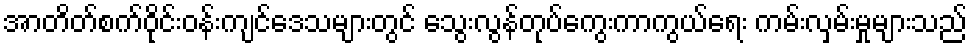
အာတိတ်စက်ဝိုင်းဝန်းကျင်ဒေသများတွင် သွေးလွန်တုပ်ကွေးကာကွယ်ရေး ကမ်းလှမ်းမှုများသည်